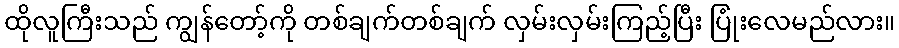
ထိုလူကြီးသည် ကျွန်တော့်ကို တစ်ချက်တစ်ချက် လှမ်းလှမ်းကြည့်ပြီး ပြုံးလေမည်လား။